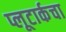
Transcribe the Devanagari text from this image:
प्लूटार्कचा